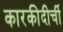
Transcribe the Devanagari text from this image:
कारकीदीर्ची